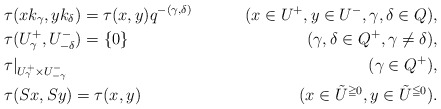
\begin{align*}&\tau(xk_\gamma,yk_\delta)=\tau(x,y)q^{-(\gamma,\delta)}&(x\in U^+, y\in U^-,\gamma, \delta\in Q),\\&\tau(U^+_\gamma, U^-_{-\delta})=\{0\}&(\gamma, \delta\in Q^+, \gamma\ne\delta),\\&\tau|_{U^+_\gamma\times U^-_{-\gamma}}\;&(\gamma\in Q^+),\\&\tau(Sx,Sy)=\tau(x,y)&(x\in \tilde{U}^{\geqq0}, y\in\tilde{U}^{\leqq0}).\end{align*}